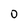
Character: 0